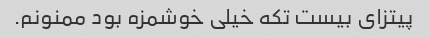
پیتزای بیست تکه خیلی خوشمزه بود ممنونم.